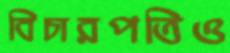
বিচারপতিও